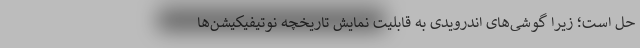
حل است؛ زیرا گوشی‌های اندرویدی به قابلیت نمایش تاریخچه نوتیفیکیشن‌ها